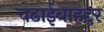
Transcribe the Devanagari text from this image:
चढाईबाहद्दर